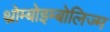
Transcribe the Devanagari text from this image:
थ्रोम्बोइम्बोलिज्म